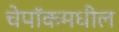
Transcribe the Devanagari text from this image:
चेपॉकमधील